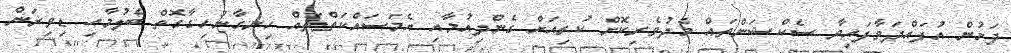
ދަށުން އުފައްދަވާފައިވާ ސެކްޝަންތައް މެދުވެރިކޮށް ކުރިއަށް ގެންދިއުމާއި އެމަސައްކަތްތައް ހިނގާނުހިގާގޮތް ބެލުމާއި ޑިވިޜަން